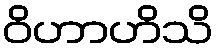
ဝိဟာဟိသိ